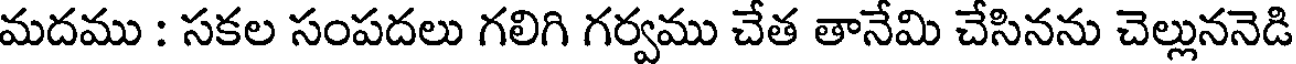
మదము : సకల సంపదలు గలిగి గర్వము చేత తానేమి చేసినను చెల్లుననెడి